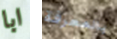
ابا بالمعرفة